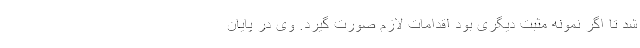
شد تا اگر نمونه مثبت دیگری بود اقدامات لازم صورت گیرد. وی در پایان